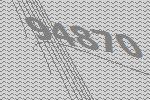
94870